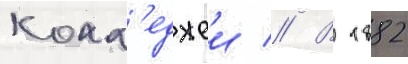
колл'еджеи // В 1882